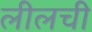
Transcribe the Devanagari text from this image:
लीलची